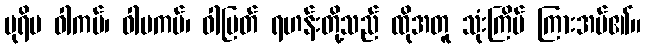
ပုရိမ ဝါကပ်၊ ဝါမကပ်၊ ဝါပြတ် ရဟန်းတို့သည် ထိုအတူ သုံးကြိမ် ကြားအပ်၏။